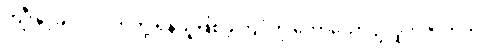
ကျီးနှင့်ခင်ပုပ်ငှက်တို့ ရန်သူဖြစ်ခဲ့ကြပုံကို ဟောသော ဥလူကဇာတက